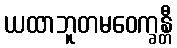
ယထာဘူတမဝေက္ခန္တီ